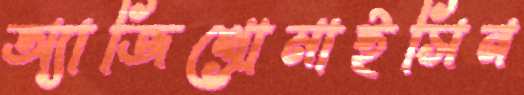
অ্যাজিথ্রোমাইসিন